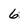
Character: 6